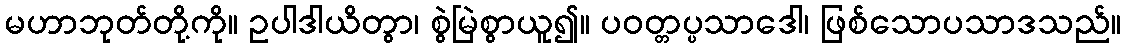
မဟာဘုတ်တို့ကို။ ဥပါဒါယိတွာ၊ စွဲမြဲစွာယူ၍။ ပဝတ္တပ္ပသာဒေါ၊ ဖြစ်သောပသာဒသည်။